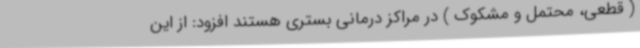
( قطعی، محتمل و مشکوک ) در مراکز درمانی بستری هستند افزود: از این